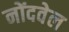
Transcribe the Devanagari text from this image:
नोंदवेल